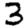
Digit: 3